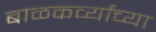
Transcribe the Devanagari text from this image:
बाळकर्व्यांच्या